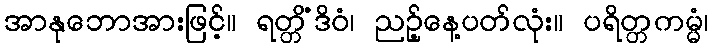
အာနုဘောအားဖြင့်။ ရတ္တိံဒိဝံ၊ ညဉ့်နေ့ပတ်လုံး။ ပရိတ္တကမ္မံ၊